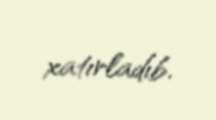
xatırladıb.